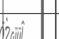
: